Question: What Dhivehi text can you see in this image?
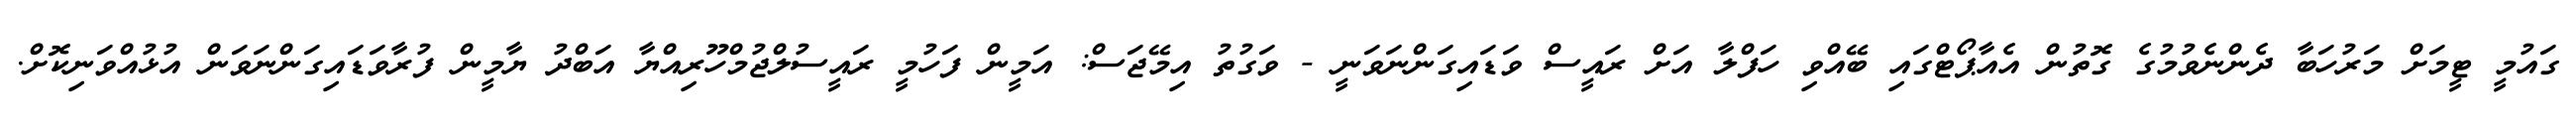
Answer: ގައުމީ ޓީމަށް މަރުހަބާ ދެންނެވުމުގެ ގޮތުން އެއާޕޯޓްގައި ބޭއްވި ހަފްލާ އަށް ރައީސް ވަޑައިގަންނަވަނީ - ވަގުތު އިމޭޖަސް: އަމީން ފަހުމީ ރައީސުލްޖުމްހޫރިއްޔާ އަބްދު ޔާމީން ފުރާވަޑައިގަންނަވަން އުޅުއްވަނިކޮށް.